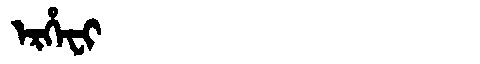
Manchu: ᡝᡵᡥᡝᠸᡳ
Romanization: ERHEFI